Calcutta medical institutions reports 1871-78
Year: 1871
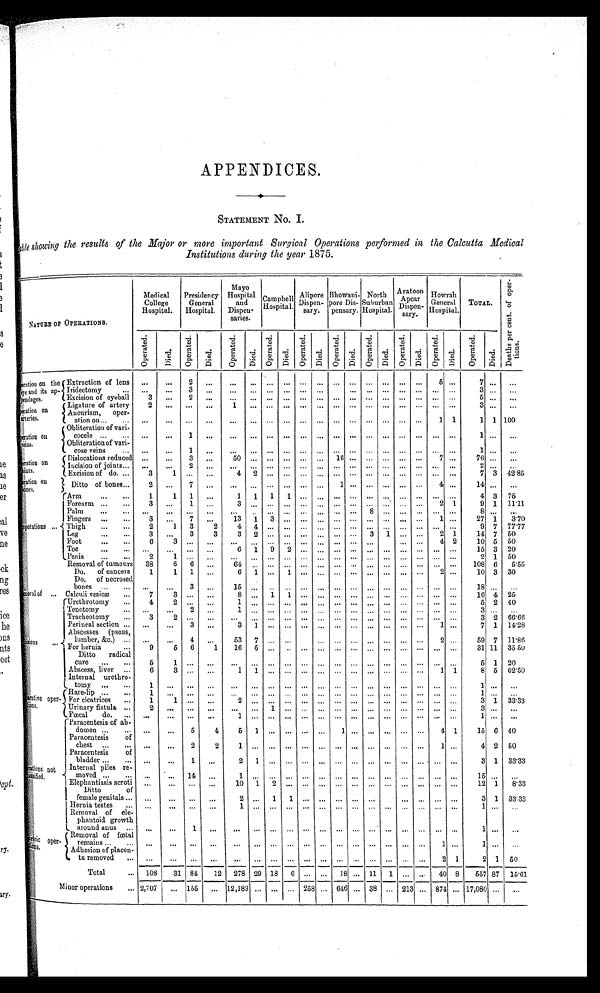
APPENDICES.
STATEMENT No I.
Tabl e showi ng t he resul t s of t he Maj or or more i mport ant Surgi cal Operat i ons performed i n t he Cal cut t a Medi cal
Institutions during the year 1875.
NATURE OF OPERATIONS.
Medical
College
Hospital.
Presidency
General
Hospital.
Mayo
Hospital
and
Dispen-
saries.
Campbell
Hospital.
Alipore .
Dispen-
sary.
Bhowani-
pore Dis-
pensary.
S
North
Suburban
Hospital.
Aratoon
Apcar
Dispen-
sary.
Howrah
General
Hospital.
TOTAL.
D e a t h s p e r c e n t . o f o p e r a t i o n s .
Oper at ed.
Di ed.
Oper at ed.
Died.
Oper at ed.
Died.
Oper at ed.
Di ed.
Oper at ed.
Di ed.
Oper at ed.
Di ed.
Oper at ed.
Di ed.
Oper at ed.
Died.
Oper at ed.
Di ed.
Oper at ed.
Died.
Operation on the
eye and its ap-
pendages.
Extraction of lens
...
...
2
...
...
... ... ... ... ... ... ... ... ... ... ...
5 ...
7 ...
...
Iridectomy
...
...
...
3
...
...
... ...
... ...
...
...
...
... ... ... ... ... ... ...
3
... ...
Excision of eyeball
3
...
...
2
... ... ... ... ... ... ... ... ... ... ... ... ... ... ...
5
... ...
Operation on
arteries.
Ligature of artery
2
... ... ...
1
... ... ... ... ... ... ... ... ... ... ... ... ...
3
... ...
Aneurism,oper-
ation on
...
...
...
...
... ... ... ... ... ... ... ... ... ...
... ...
1 1
1 1 100
Operation 0n
reins.
Obliteration of vari-
cocele
...
...
1
...
... ... ... ... ... ... ... ... ... ... ... ... ... ...
1
... ...
Obliteration of vari-
cose veins
...
...
1
...
...
... ... ... ... ... ... ... ... ...
...
... ... ...
1
... ...
Opration on
joints.
Dislocations reduced ...
...
3
...
5 0
... ... ... ... ...
1 6
... ... ... ... ...
7 ...
...
7 6
... ...
Incision of joints._
...
...
2
...
... ... ... ... ... ... ... ... ... ... ... ... ... ...
2
... ...
Excision of do.
3
1
... ...
4 2
... ... ... ... ... ... ... ... ... ... ... ...
7 3 42.85
Opration on
b o n e s .
Ditto of bones
2
...
7
...
... ... ... ... ...
1 ... ... ... ... ...
4 ...
1 4
... ...
Arm
1
1
1
...
1
1
1
1
... ... ... ... ... ...
... ... ... ...
4 3 75
Forearm
3
...
1
...
3
... ... ... ... ... ... ... ... ...
... ...
2 1
9 1 11.11
Palm
... ... ... ... ... ... ... ... ... ... ... ... ...
8
... ... ... ... ...
8
... ...
Fingers
3
...
7
...
1 3 1
3
... ...
...
... ... ... ... ... ...
1 ...
27 1
3.70
Thigh
2
1
3
2
4
4
... ... ...
...
... ... ... ... ... ... ... ...
9 7 77.77
Leg
3
.
...
3
3
3
2
... ... ... ... ... ...
3
1
...
2 1
14 7 50
Foot
6
3
... ... ... ... ... ... ... ... ... ... ...
... ...
4 2
10 5 50
Toe..
...
.
... ... ...
6
1
9
2
... ... ... ...
.
... ... ... ... ... ...
15 3 20
Penis
2
1 ...
... ... ... ... ... ... ... ... ... ... ... ... ...
...
...
2
1 50
Removal of tumours
38
6
6
.
...
64
... ... ... ... ... ... ... ... ... ... ... ... ...
108 6
5.55
Do. of cancers
1
1
1
..
...
.
6 1
...
1
... ... ... ... ... ... ... ... ...
2
...
10 3 30
Do.of necrosed
bones
...
...
3
...
15 ...
... ... ...
...
... ...
... ... ...
...
... ...
1 8
... ...
Removal of Calculi vesicæ
7
3
... ...
8
...
1
1
... ... ... ... ... ... ... ... ... ...
16 4 25
Urethrotomy
4
2
... ...
1
... ... ... ... ... ... ... ... ... ... ... ... ... ... ...
5 2 40
Tenotom
... ...
2
...
1
... ... ... ... ... ... ... ... ... ... ... ... ...
3
... ...
Tracheotomy
3
2
... ...
...
... ... ... ...
.
... ... ... ...
.
.. ... ... ... ... ...
3 2 66.66
Perineal section
...
...
3
...
3 1
... ... ... ... ... ... ... ... ... ...
1
...
7 1 14.28
Abscesses (psoas,
lumber, &c.)
...
...
4
...
53
7
...
...
... ... ... ... ... ... ...
2 ...
59 7 11.86
For hernia
9
5
6
1
16
5 ...
... ... ... ... ...
...
... ... ... ... ...
.
31 11 35.50
Ditto radical
cure
5
1
... ... ... ... ... ... ... ... ... ... ... ... ... ... ... ...
5 1 20
Abscess, liver
6
3
... ...
1
1
... ... ... ... ... ... ... ... ... ...
1 1
8
5 62.50
Internal urethro-
tomy
1
... ... ...
...
...
... ...
...
... ...
... ... ... ... ... ... ...
1
... ...
Ha re-lip
1
... ... ... ... ... ... ... ... ... ... ... ... ... ... ... ... ...
1
... ...
For cicatrices
1
1
... ...
2
... ... ... ... ... ... ... ... ... ... ... ... ...
3 1 33.33
Urinary fistula..
2
...
...
... ... ...
1 ...
... ... ... ... ... ... ... ... ... ...
3
... ...
Fœcal
do..
... ... ... ...
1
... .... ... ... ... ...
•••
••• ••• •••
... ...
•••
1
... ...
Paracentesis of ab-
domen
...
...
5
4
5 1
... ... ... ...
1
... ... ... ... ...
4 1
15 6 40
Paraceutesis
of
chest
...
...
2
2
1
... ... ... ... ... ... ... ... ... ... ...
1 ...
4 2 50
Paracentesis
of
bladder
...
...
1
...
2
1 ...
... ... ... ... ... ... ... ... ... ... ...
3 1 33.33
not
Internal piles re-
moved
... ...
14
...
1
... ... ... ... ... ... ... ... ... ...
...
... ...
15
...
...
Elephantiasis scroti
... ... ... ...
10
1
2 ..
... ... ... ... ... ... ... ... ... ...
12 1
8.33
Ditto
of
female genitals
... ...
...
...
2
...
1
1
... ... ... ... ... ...
... ... ... ...
3 1 33 33
Hernia testes
...
...
...
...
1
... ... ... ... ... ... ... ... ... ...
1
... ...
Removal of ele-
phantoid growth
around anus
...
...
1
...
... ... ... ... ... ... ... ... ... ... ... ... ... ...
1
... ...
Operations
Removal of fœ tal
remains
... ... ... ... ... ... ... ...
...
...
...
...
... ... ... ...
1 ...
1
...
...
Adhesion of placen-
ta removed
...
... ... ... ... ... ... ... ... ... ... ... ... ... ...
...
2 1
2 1 50
Total
108
31 84
12
278 29 18
6 ... ...
1 8
...
1 1 1 ...
...
40 8
557 87 15.61
Minor operations
2,707
...
155
... 12,189 ... ... ... 258 ... 646 ... 38 ... 213 ... 874 ... 17,080 ...
...